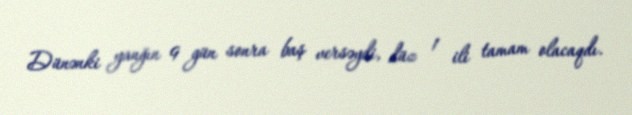
Dünənki yanğın 9 gün sonra baş versəydi, düz 1 ili tamam olacaqdı.